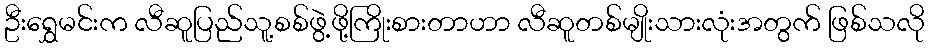
ဦးရွှေမင်းက လီဆူပြည်သူ့စစ်ဖွဲ့ဖို့ကြိုးစားတာဟာ လီဆူတစ်မျိုးသားလုံးအတွက် ဖြစ်သလို